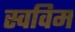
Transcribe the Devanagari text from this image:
स्वविम